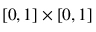
[ 0 , 1 ] \times [ 0 , 1 ]